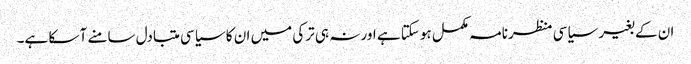
ان کے بغیر سیاسی منظرنامہ مکمل ہوسکتا ہے اور نہ ہی ترکی میں ان کا سیاسی متبادل سامنے آ سکا ہے۔